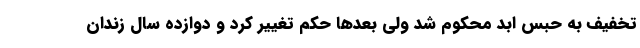
تخفیف به حبس ابد محکوم شد ولی بعدها حکم تغییر کرد و دوازده سال زندان